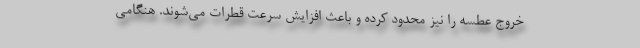
خروج عطسه را نیز محدود کرده و باعث افزایش سرعت قطرات می‌شوند. هنگامی